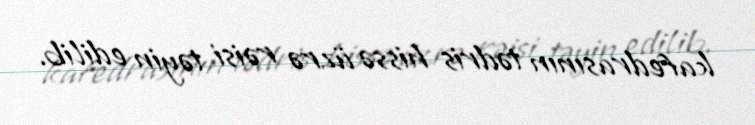
kafedrasının tədris hissə üzrə rəisi təyin edilib.